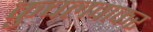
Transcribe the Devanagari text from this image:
कुचलवाकर